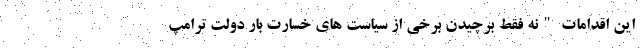
این اقدامات "نه فقط برچیدن برخی از سیاست های خسارت بار دولت ترامپ